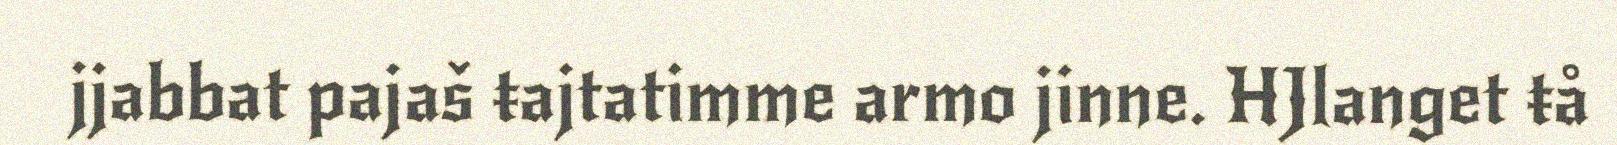
jjabbat pajaš ŧajtatimme armo jinne. HJlanget ŧå